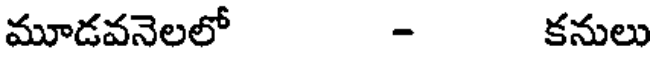
మూడవనెలలో - కనులు